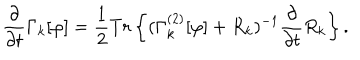
LaTeX: \frac { \partial } { \partial { t } } \Gamma _ { k } [ \varphi ] = \frac { 1 } { 2 } { T } { r } \left\{ ( \Gamma _ { k } ^ { ( 2 ) } [ \varphi ] + { R } _ { k } ) ^ { - 1 } \frac { \partial } { \partial { t } } { R } _ { k } \right\} .